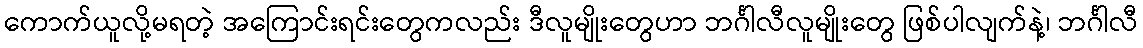
ကောက်ယူလို့မရတဲ့ အကြောင်းရင်းတွေကလည်း ဒီလူမျိုးတွေဟာ ဘင်္ဂါလီလူမျိုးတွေ ဖြစ်ပါလျက်နဲ့၊ ဘင်္ဂါလီ